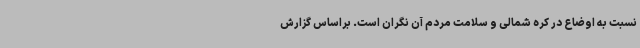
نسبت به اوضاع در کره شمالی و سلامت مردم آن نگران است. براساس گزارش